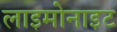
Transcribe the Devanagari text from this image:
लाइमोनाइट